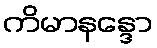
ကိမာနန္ဒော